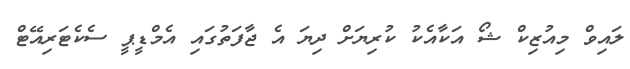
ލައިވް މިއުޒިކް ޝޯ އަކާއެކު ކުރިޔަށް ދިޔަ އެ ޖާފަތުގައި އެމްޑީޕީ ސެކެޓަރިއޭޓް